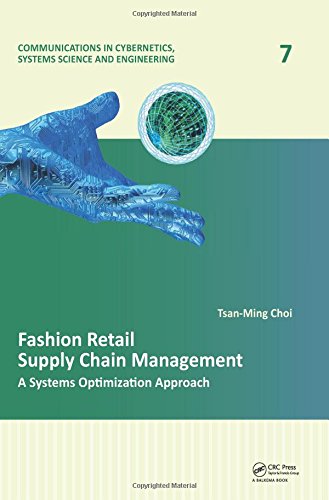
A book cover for Fashion Retail Supply Chain Management: A Systems Optimization Approach (Communications in Cybernetics, Systems Science and Engineering); Tsan-Ming Choi; Business & Money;